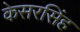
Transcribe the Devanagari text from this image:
केसरसिंह